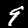
Digit: 9